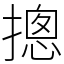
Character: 摠